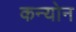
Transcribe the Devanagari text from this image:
कन्योन